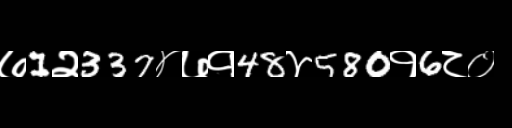
Text: ७1२337४७१48४580१6८०